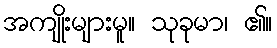
အကျိုးများမူ။ သုခုမာ၊ ၏။